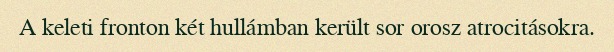
A keleti fronton két hullámban került sor orosz atrocitásokra.